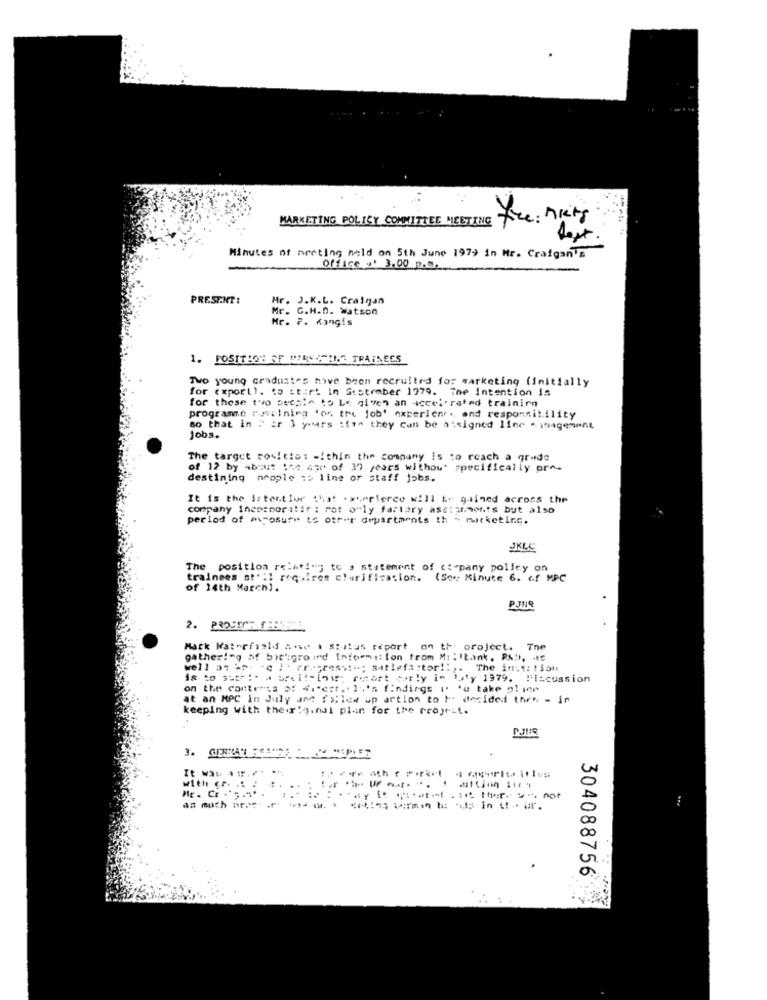
MARKETING POLICY COMMITTEE MEETING
Minutes of meeting held on 5th June 1979 in Mr. Crafgan's
Office .. 3.00 p.m.
PRESENT:
Mr.
J.K.L. Craigan
G.H.D. watson
Mr.
Mr. P. Kangis
1. POSITION OF PERUCTING TRAINEES
Two young graduates nive been recruited for marketing (initially
for export !. to start in Sistember 1979. The Intention is
for these two people to Le given an accelerated training
programme rossining 'or, tre job' experien ., and responsibility
so that in 2 or 3 years tite they can be assigned line -insagement
Jobs.
The target sositio: within the company Is to reach a grade
of 12 by about ine ar of 37 years without specifically pre-
destining neople so line or staff jobs.
It is the istentlur that . xerierce will 1. glined across the
company ince:noratif : rot orly factory assignments but also
period of myosure to other departments th - marketing.
JKLC
The position relating to a statement of company policy on
trainees st' :) requires clarification. (Sov Minute 6. of MPC
of 14th March1.
PJNO
2. PROJECT CHE !!
Mack Waterfield #.we . status report on the project. The
gathering of bit":groind Information trom Mi:Itank, Px">, . 5
well as wp: 'c : - rregressi"; satisfactor !:,. The ins :: ti5m
is to sist :. a uscitelow; retort carly in taty 1979. Discussion
on the contents of "i*est .· li's findings " 'u take pline
at an MPC In July ane fxlow up artion to l' decided then - in
keeping with their!g.nal plan for the project.
with c. .. :
304088756